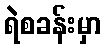
ရဲစခန်းမှာ